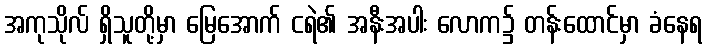
အကုသိုလ် ရှိသူတို့မှာ မြေအောက် ငရဲ၏ အနီးအပါး လောက၌ တန်းထောင်မှာ ခံနေရ